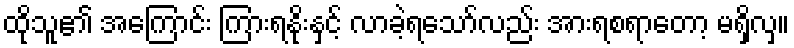
ထိုသူ၏ အကြောင်း ကြားရနိုးနှင့် လာခဲ့ရသော်လည်း အားရစရာတော့ မရှိလှ။